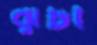
ঝুটা